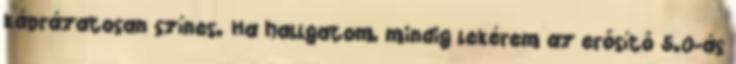
káprázatosan színes. Ha hallgatom, mindig lekérem az erősítő 5.0-ás